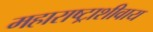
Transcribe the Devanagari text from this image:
महाराष्ट्राशीवाय